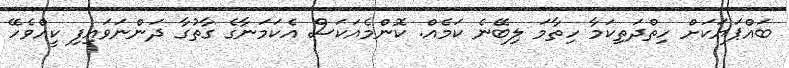
ބައްޕަޔަކަށް ހިތްދަތިކަމާ ހިތާމަ ލިބޭނެ ކަމެއް. ކޮންމެއަކަސް އެކަމަނާގެ ގާތުގާ ދަންނަވައިފި ކީއްވެހޭ